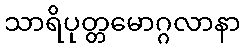
သာရိပုတ္တမောဂ္ဂလာနာ